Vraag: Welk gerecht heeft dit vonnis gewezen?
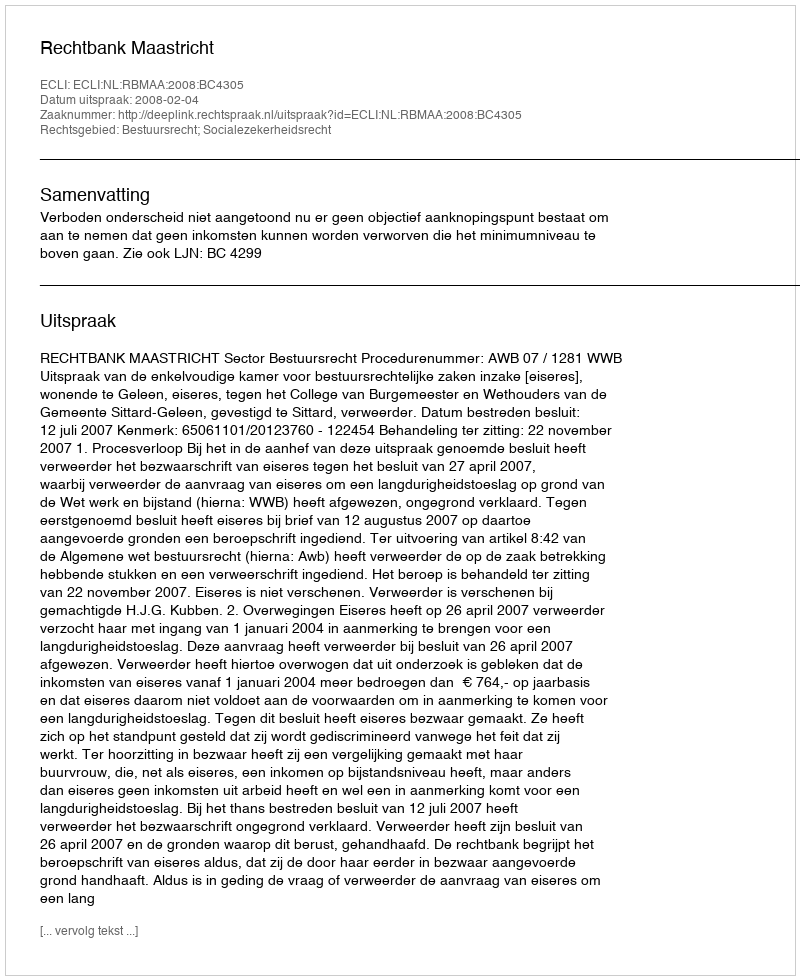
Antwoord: Rechtbank Maastricht